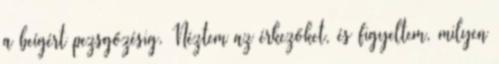
a beígért pezsgőzésig. Néztem az érkezőket, és figyeltem, milyen